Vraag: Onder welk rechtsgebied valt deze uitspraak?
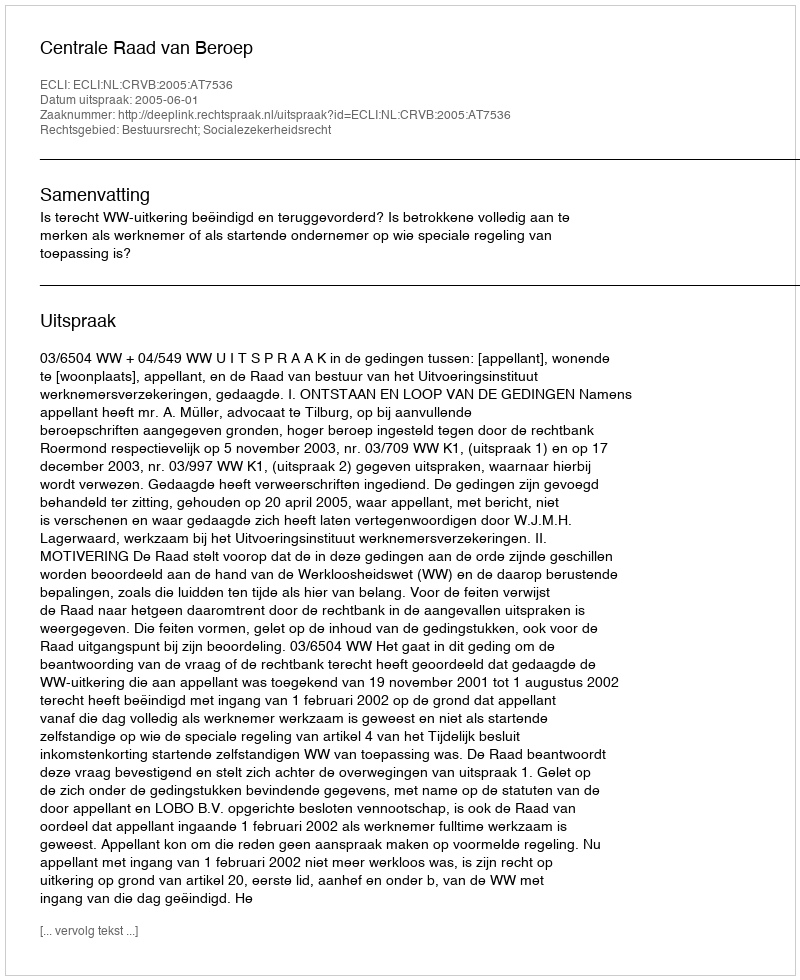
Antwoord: Bestuursrecht; Socialezekerheidsrecht